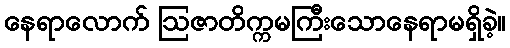
နေရာလောက် ဩဇာတိက္ကမကြီးသောနေရာမရှိခဲ့။